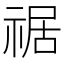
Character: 𥚑